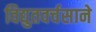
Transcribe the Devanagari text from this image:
विद्युतवर्चसाने